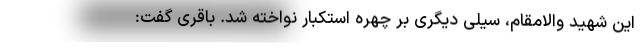
این شهید والامقام، سیلی دیگری بر چهره استکبار نواخته شد. باقری گفت: